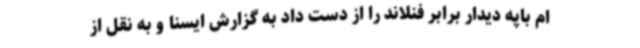
ام باپه دیدار برابر فنلاند را از دست داد به گزارش ایسنا و به نقل از